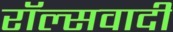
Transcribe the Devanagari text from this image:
रॉल्सवादी